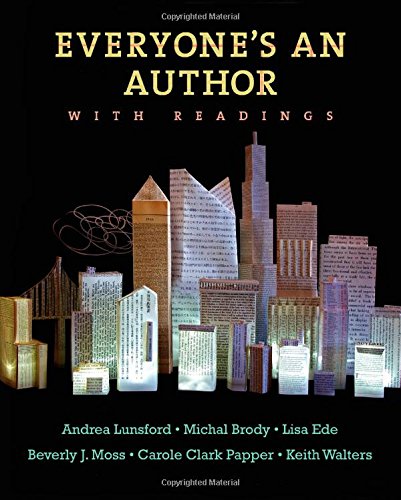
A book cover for Everyone's An Author with Readings; Andrea Lunsford; Reference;